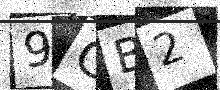
Text: 9CB2